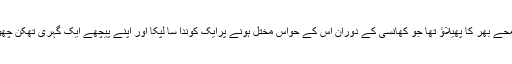
بس ایک لمحے بھر کا پھیلاؤ تھا جو کھانسی کے دوران اس کے حواس مختل ہونے پرایک کوندا سا لپکا اور اپنے پیچھے ایک گہری تھکن چھوڑ گیا تھا۔